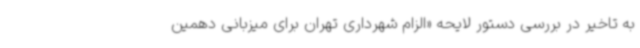
به تاخیر در بررسی دستور لایحه «الزام شهرداری تهران برای میزبانی دهمین